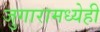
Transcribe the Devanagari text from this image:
जुगारामध्येही